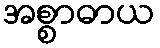
အစ္စာဓာယ